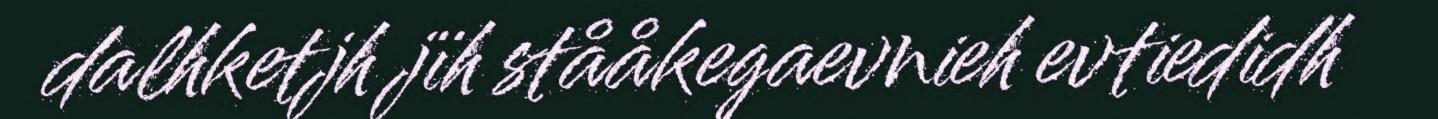
dalhketjh jïh stååkegaevnieh evtiedidh